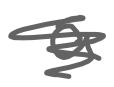
Text: a
Cross-out: scratch
Writing tool: digital_gray